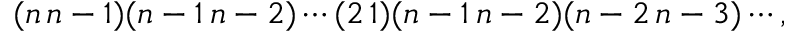
( n \, n - 1 ) ( n - 1 \, n - 2 ) \cdots ( 2 \, 1 ) ( n - 1 \, n - 2 ) ( n - 2 \, n - 3 ) \cdots ,